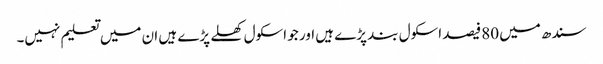
سندھ میں 80فیصد اسکول بند پڑے ہیں اور جو اسکول کھلے پڑے ہیں ان میں تعلیم نہیں۔